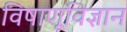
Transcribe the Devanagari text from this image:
विषाणूविज्ञान